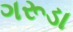
ગરૂડા